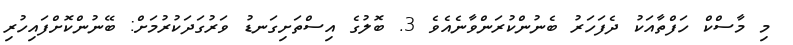
މި މާސްކް ހަފްތާއަކު ދެފަހަރު ބެނުންކުރަންވާނެއެވެ 3. ބޮލުގެ އިސްތަށިގަނޑު ވަރުގަދަކުރުމަށް: ބޭނުންކޮށްފައިހުރި